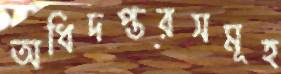
অধিদপ্তরসমূহ